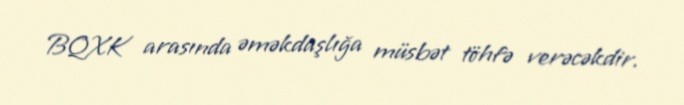
BQXK arasında əməkdaşlığa müsbət töhfə verəcəkdir.